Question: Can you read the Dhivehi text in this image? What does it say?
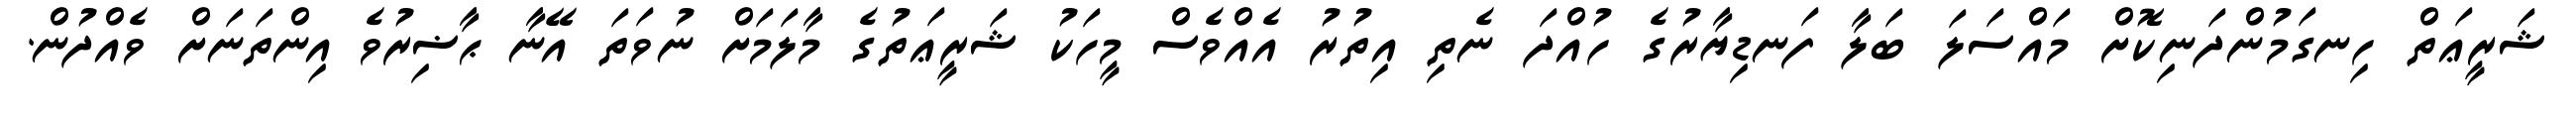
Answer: ޝަރީޢަތް ހިނގަމުންދަނިކޮށް މައްސަލަ ބަލާ ފަނޑިޔާރުގެ ހުއްދަ ނެތި އިތުރު އެއްވެސް މީހަކު ޝަރީޢަތުގެ މާލަމަށް ނުވަތަ އޭނާ ޙާޟިރުވެ އިންތަނަށް ވެއްދުން.